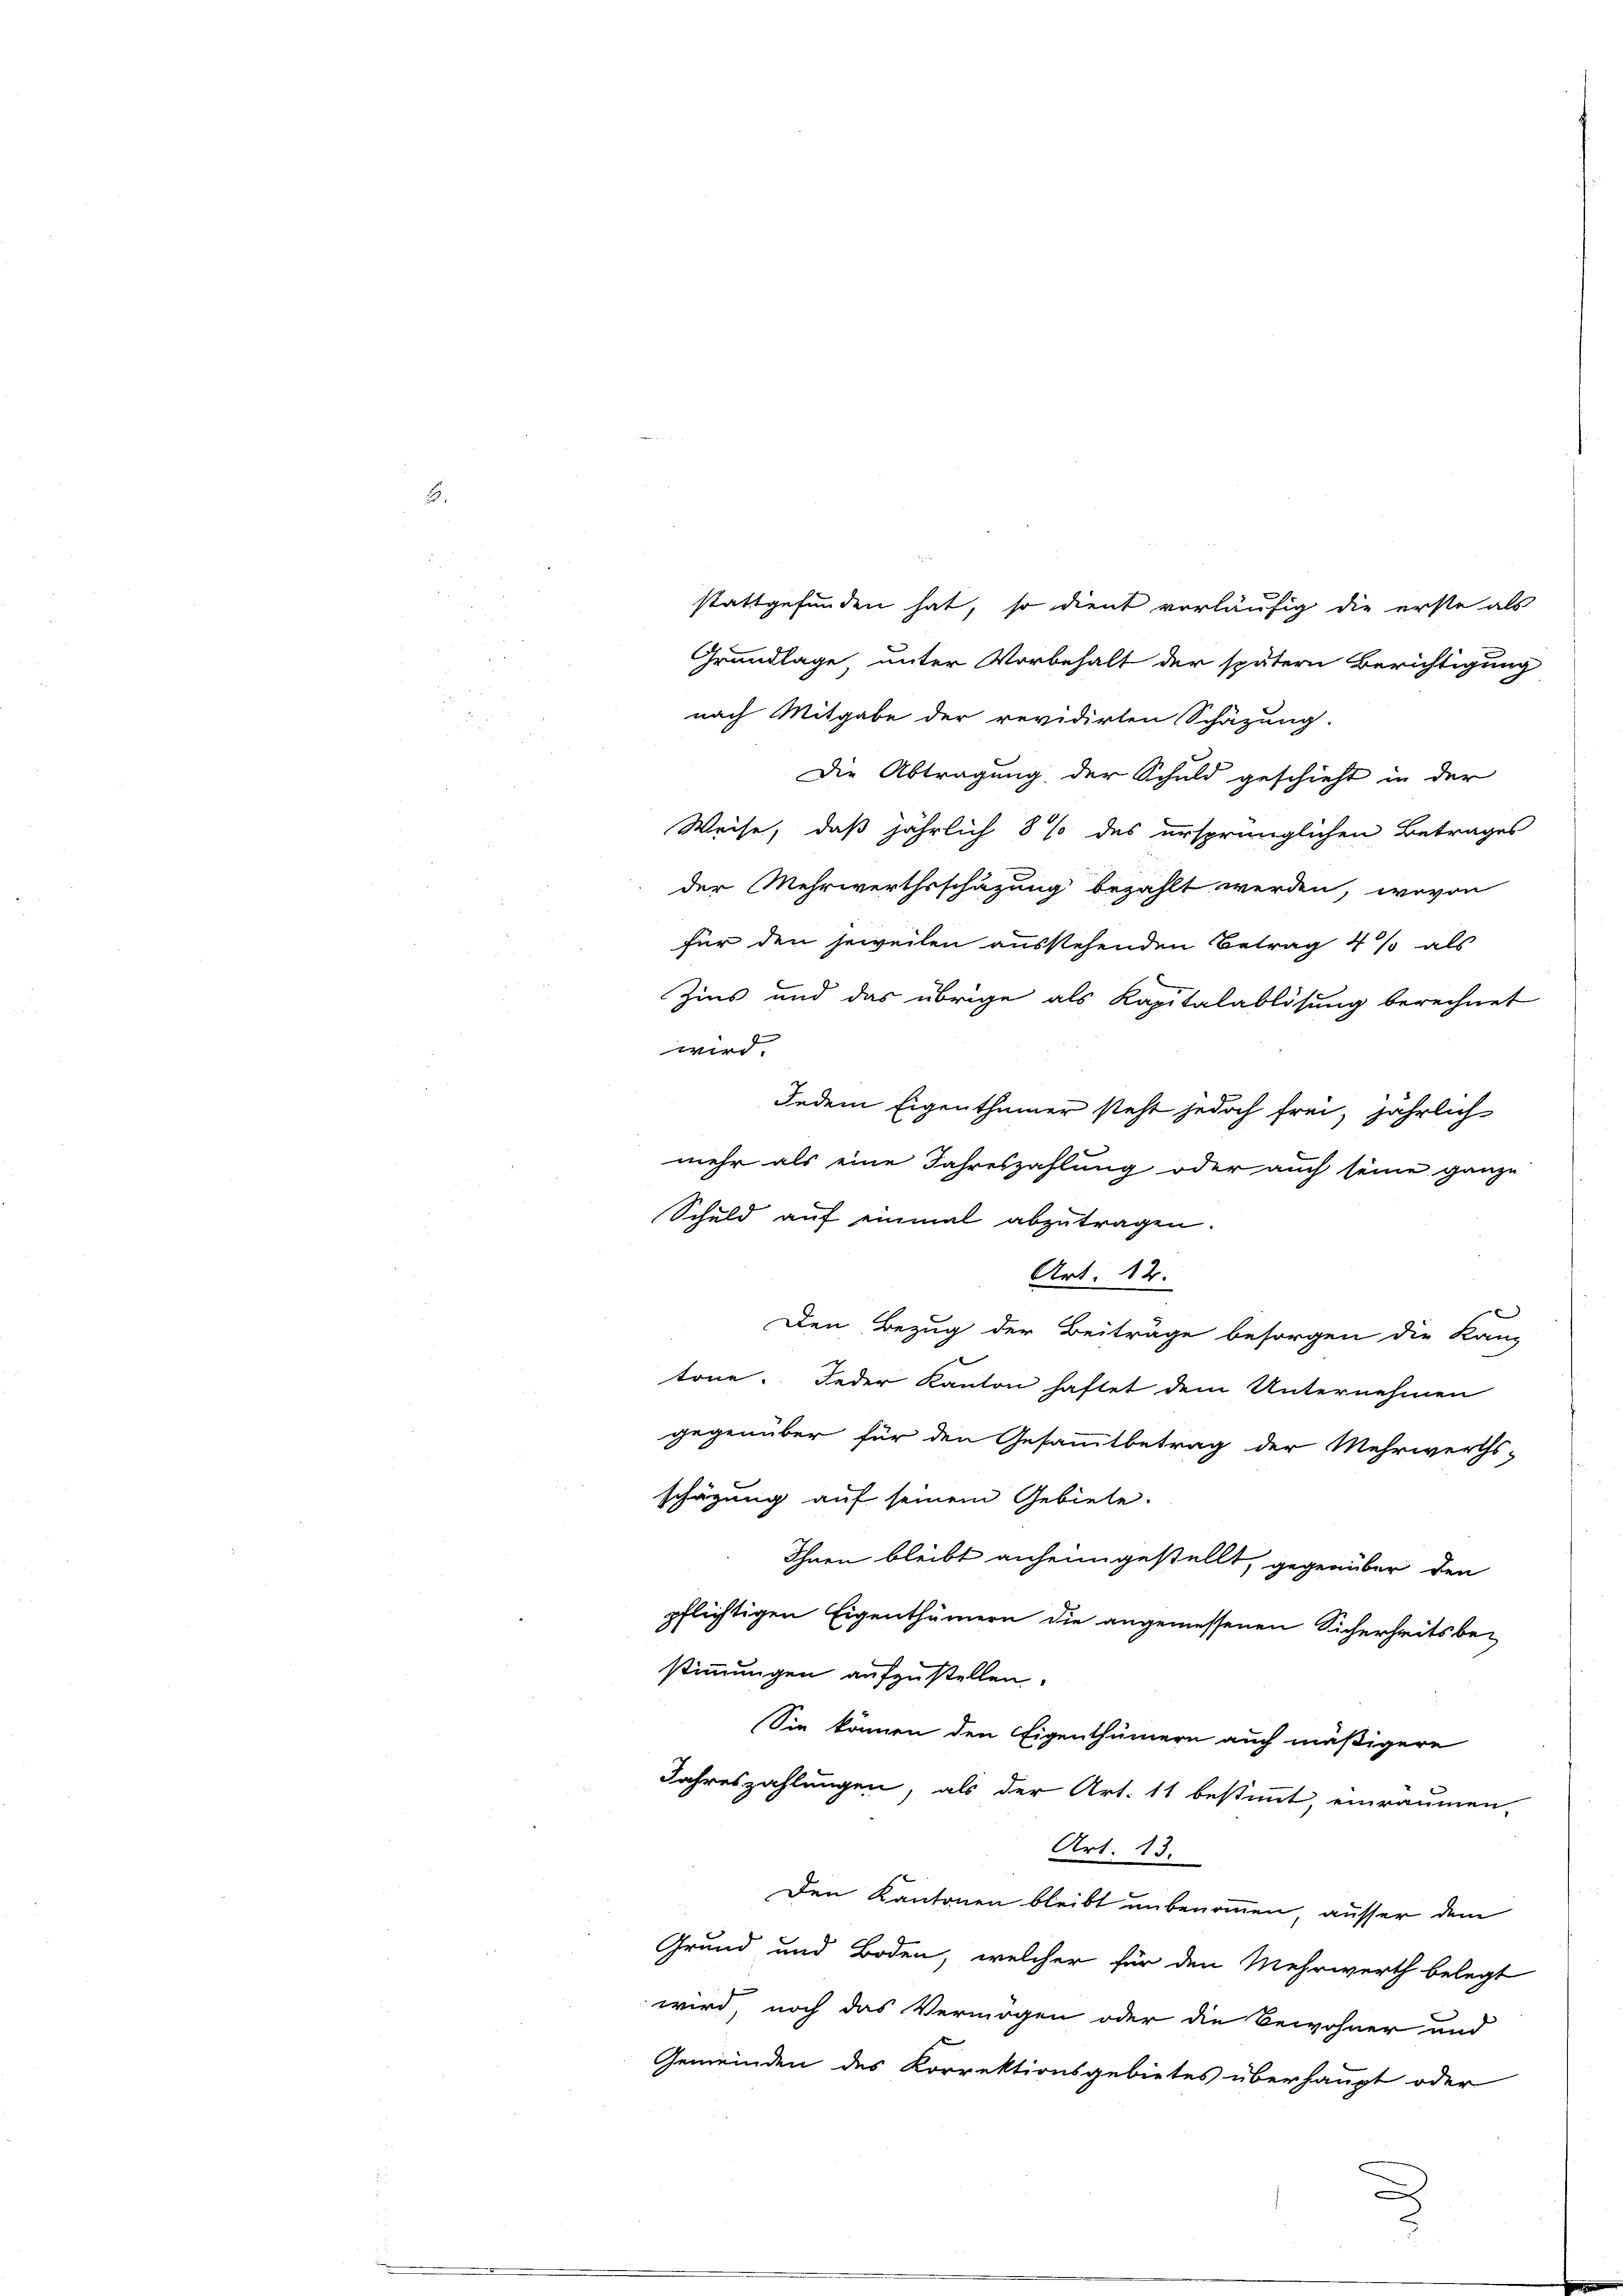
e
stattgefunden hat, so dient vorläufig die erste als
Grundlage unter Vorbehalt der spätern Berichtigung
nach Mitgabe der revidirten Schäzung.
Die Abtragung der Schuld geschieht in der
Weise, daß jährlich 8 % des ursprünglichen Betrages
der Mehrwerthsschazung bezahlt werden, wovon
für den jeweilen ausstehenden Betrag 4 % als
Zins und das übrige als Kapitalablösung berechnet
 |
Jedem Eigenthümer steht jedoch frei, jährlich
mehr als eine Jahreszahlung oder auch seine ganze
Schuld auf einmal abzutragen.
Art. 12.
Den Bezug der Beiträge besorgen die Kan-
töne. Jeder Kanton haftet dem Unternehmen
gegenüber für den Gesammtbetrag der Mehrwerths-
schägung auf seinem Gebiete.
Ihnen bleibt anheimgestellt, gegenüber den
pflichtigen Eigenthümern die angemessenen Sicherheits bestimmungen aufzustellen.
Sie können den Eigenthümern auch mäßigere
Jahreszahlungen, als der Art. 11 bestimmt, einräumen,
Art. 13.
Den Kantonen bleibt unbenommen, ausser dem
Grand und Boden, welcher für den Mehrwerth belegt
wird, noch das Vermögen oder die Bewohner und
e
Gemeinden des Korrektionsgebietes überhaupt oder

.